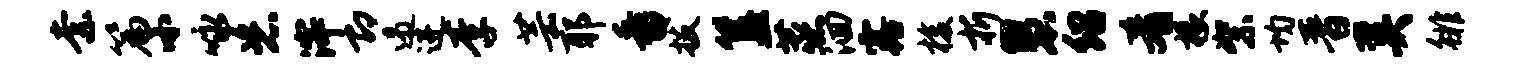
柰篇小咏恣滓即遏进李芸耶番拔簋蒸洄露梭折慧绍肴椽絮均晋奚徘